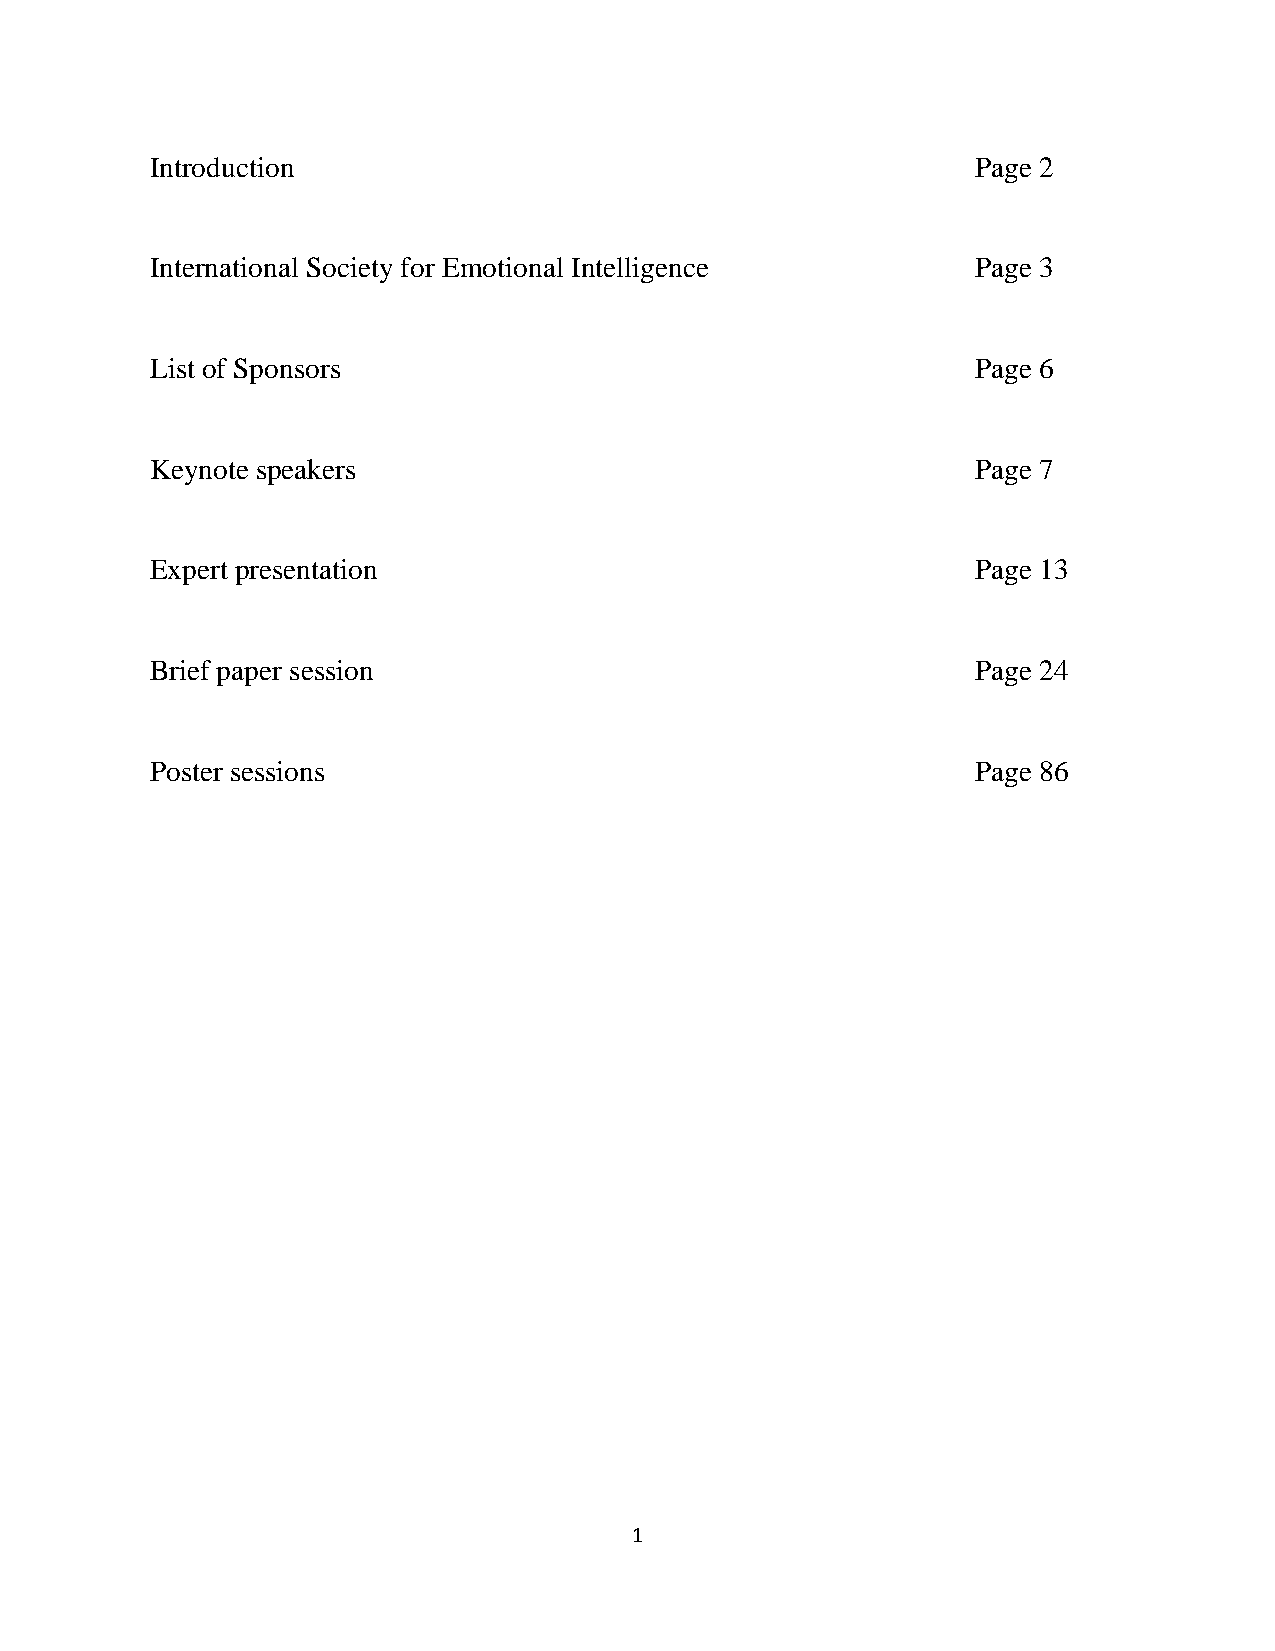
Introduction                                           Page 2
 International Society for Emotional Intelligence       Page 3
 List of Sponsors                                       Page 6
 Keynote speakers                                       Page 7
 Expert presentation                                    Page 13
 Brief paper session                                    Page 24
 Poster sessions                                        Page 86
 1